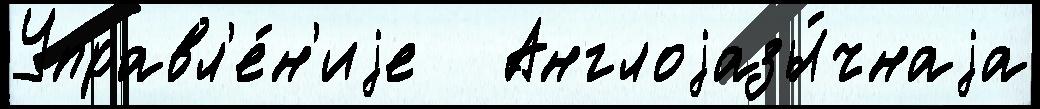
Управл'е́н'иjе   Англоjазы́чнаjа